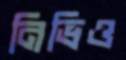
নিভিও